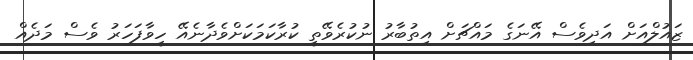
ޒައުލްއަށް އަދިވެސް އޭނަގެ މައްޗަށް އިތުބާރު ނުކުރެވޭތީ ކުރާކަމަކަށްވެދާނެއޭ ހީވާފަހަރު ވެސް މަދެއް